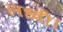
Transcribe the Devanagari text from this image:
लध्वी।